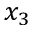
x _ { 3 }